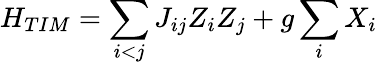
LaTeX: H_{TIM}=\sum_{i<j}J_{ij}Z_{i}Z_{j}+g\sum_{i}X_{i}